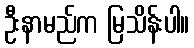
ဦးနာမည်က မြသိန်းပါ။